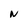
Character: N